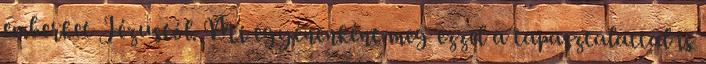
emberket Jézustól. Mi egyénenként meg ezzel a tapasztalattal is